Code of medical and sanitary regulations for the guidance of medical officers serving in the Madras Presidency - Volume I
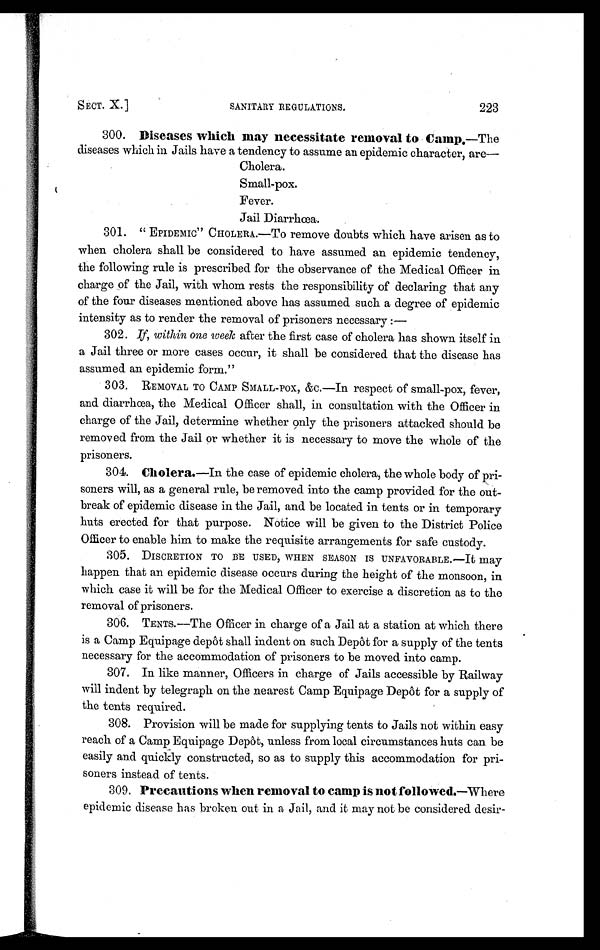
SECT. X.]
SANITARY REGULATIONS.
223
300. Diseases which may necessitate removal to Camp.—The
diseases which in Jails have a tendency to assume an epidemic character, are—
Cholera.
Small-pox.
Fever.
Jail Diarrhœa.
301. " EPIDEMIC" CHOLERA.—To remove doubts which have arisen as to
when cholera shall be considered to have assumed an epidemic tendency,
the following rule is prescribed for the observance of the Medical Officer in
charge of the Jail, with whom rests the responsibility of declaring that any
of the four diseases mentioned above has assumed such a degree of epidemic
intensity as to render the removal of prisoners necessary :—
302. If, within one week after the first case of cholera has shown itself in
a Jail three or more cases occur, it shall be considered that the disease has
assumed an epidemic form."
303. REMOVAL TO CAMP SMALL-POX, &C.—In respect of small-pox, fever,
and diarrhœa, the Medical Officer shall, in consultation with the Officer in
charge of the Jail, determine whether only the prisoners attacked should be
removed from the Jail or whether it is necessary to move the whole of the
prisoners.
304. Cholera.—In the case of epidemic cholera, the whole body of pri-
soners will, as a general rule, be removed into the camp provided for the out-
break of epidemic disease in the Jail, and be located in tents or in temporary
huts erected for that purpose. Notice will be given to the District Police
Officer to enable him to make the requisite arrangements for safe custody.
3 0 5 . D I S C R E T I O N T O B E U S E D , W H E N S E A S O N I S U N F A V O R A B L E . — I t
may
happen that an epidemic disease occurs during the height of the monsoon, in
which case it will be for the Medical Officer to exercise a discretion as to the
removal of prisoners.
306. TENTS.—The Officer in charge of a Jail at a station at which there
is a Camp Equipage depôt shall indent on such Depôt for a supply of the tents
necessary for the accommodation of prisoners to be moved into camp.
307. In like manner, Officers in charge of Jails accessible by Railway
will indent by telegraph on the nearest Camp Equipage Depôt for a supply of
the tents required.
308. Provision will be made for supplying tents to Jails not within easy
reach of a Camp Equipage Depôt, unless from local circumstances huts can be
easily and quickly constructed, so as to supply this accommodation for pri-
soners instead of tents.
300.
309.
Precautions when removal to camp is not followed. —Where
epidemic disease has broken out in a Jail, and it may not be considered desir-